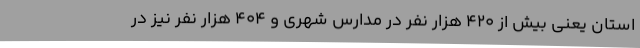
استان یعنی بیش از ۴۲۰ هزار نفر در مدارس شهری و ۴۰۴ هزار نفر نیز در